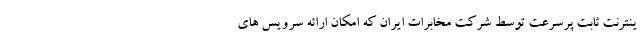
ینترنت ثابت پرسرعت توسط شرکت مخابرات ایران که امکان ارائه سرویس های